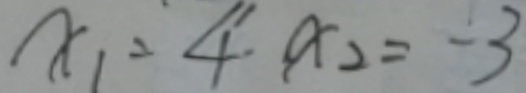
x _ { 1 } = 4 ^ { \prime } x _ { 2 } = - 3